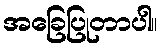
အခြေပြုတာပါ။